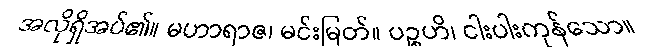
အလိုရှိအပ်၏။ မဟာရာဇ၊ မင်းမြတ်။ ပဉ္စဟိ၊ ငါးပါးကုန်သော။